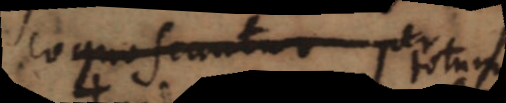
cognoscatur situs